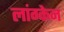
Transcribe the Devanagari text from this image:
लांग्केन